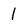
Character: l